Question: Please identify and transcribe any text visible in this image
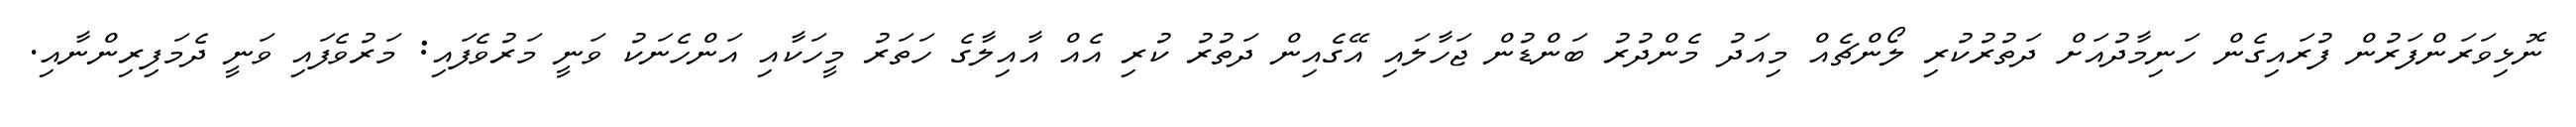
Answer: ނޮޅިވަރަންފަރުން ފުރައިގެން ހަނިމާދުއަށް ދަތުރުކުރި ލޯންޗެއް މިއަދު މެންދުރު ބަންޑުން ޖަހާލައި އޭގެއިން ދަތުރު ކުރި އެއް އާއިލާގެ ހަތަރު މީހަކާއި އަންހެނަކު ވަނީ މަރުވެފައި: މަރުވެފައި ވަނީ ދެމަފިރިންނާއި.